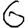
Digit: 6